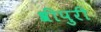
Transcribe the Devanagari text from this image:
श्रीपुरी